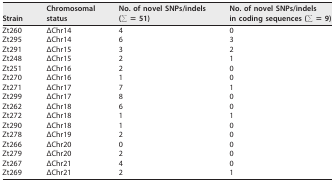
<table><thead><tr><td><b>Strain</b></td><td><b>Chromosomalstatus</b></td><td><b>No. of novel SNPs/indels(∑ = 51)</b></td><td><b>No. of novel SNPs/indelsin coding sequences (∑ = 9)</b></td></tr></thead><tbody><tr><td>Zt260</td><td>ΔChr14</td><td>4</td><td>0</td></tr><tr><td>Zt295</td><td>ΔChr14</td><td>6</td><td>3</td></tr><tr><td>Zt291</td><td>ΔChr15</td><td>3</td><td>2</td></tr><tr><td>Zt248</td><td>ΔChr15</td><td>2</td><td>1</td></tr><tr><td>Zt251</td><td>ΔChr16</td><td>2</td><td>0</td></tr><tr><td>Zt270</td><td>ΔChr16</td><td>1</td><td>0</td></tr><tr><td>Zt271</td><td>ΔChr17</td><td>7</td><td>1</td></tr><tr><td>Zt299</td><td>ΔChr17</td><td>8</td><td>0</td></tr><tr><td>Zt262</td><td>ΔChr18</td><td>6</td><td>0</td></tr><tr><td>Zt272</td><td>ΔChr18</td><td>1</td><td>1</td></tr><tr><td>Zt290</td><td>ΔChr18</td><td>1</td><td>0</td></tr><tr><td>Zt278</td><td>ΔChr19</td><td>2</td><td>0</td></tr><tr><td>Zt266</td><td>ΔChr20</td><td>0</td><td>0</td></tr><tr><td>Zt279</td><td>ΔChr20</td><td>2</td><td>0</td></tr><tr><td>Zt267</td><td>ΔChr21</td><td>4</td><td>0</td></tr><tr><td>Zt269</td><td>ΔChr21</td><td>2</td><td>1</td></tr></tbody></table>